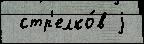
 стр'елко́в j